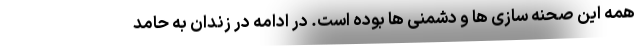
همه این صحنه سازی ها و دشمنی ها بوده است. در ادامه در زندان به حامد